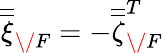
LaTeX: \overline{{\overline{{\xi}}}}_{\/ F}=-{\overline{{\overline{{\zeta}}}}}_{\/ F}^{T}